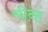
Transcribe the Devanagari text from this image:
मीन्हं